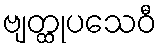
ဗျတ္ထုပသေဝီ